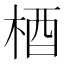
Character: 梄